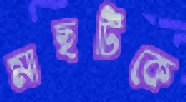
মাছটিকে